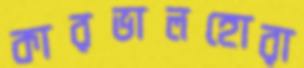
কারভালহোরা